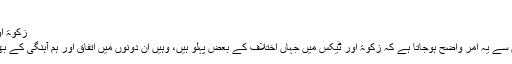
۱؂
زکٰوۃ اور ٹیکس میں ہم آہنگی کا پہلو
اُوپر بیان کردہ دونوں تعریفوں سے یہ امر واضح ہوجاتا ہے کہ زکوٰۃ اور ٹیکس میں جہاں اختلاف کے بعض پہلو ہیں، وہیں ان دونوں میں اتفاق اور ہم آہنگی کے بھی بعض پہلو پائے جاتے ہیں۔